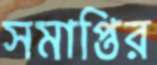
সমাপ্তির